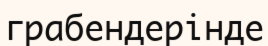
грабендерінде